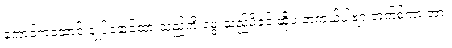
ကောင်ကထောင် ချုပ်နှောင်ထားသည်ကို မွေးသည့်မိခင် ဆိုပဲ တကယ်ပါဗျာ ဘက်စ်ကားအား